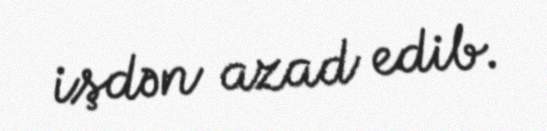
işdən azad edib.